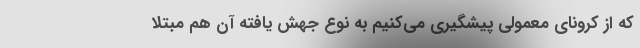
که از کرونای معمولی پیشگیری می‌کنیم به نوع جهش یافته آن هم مبتلا